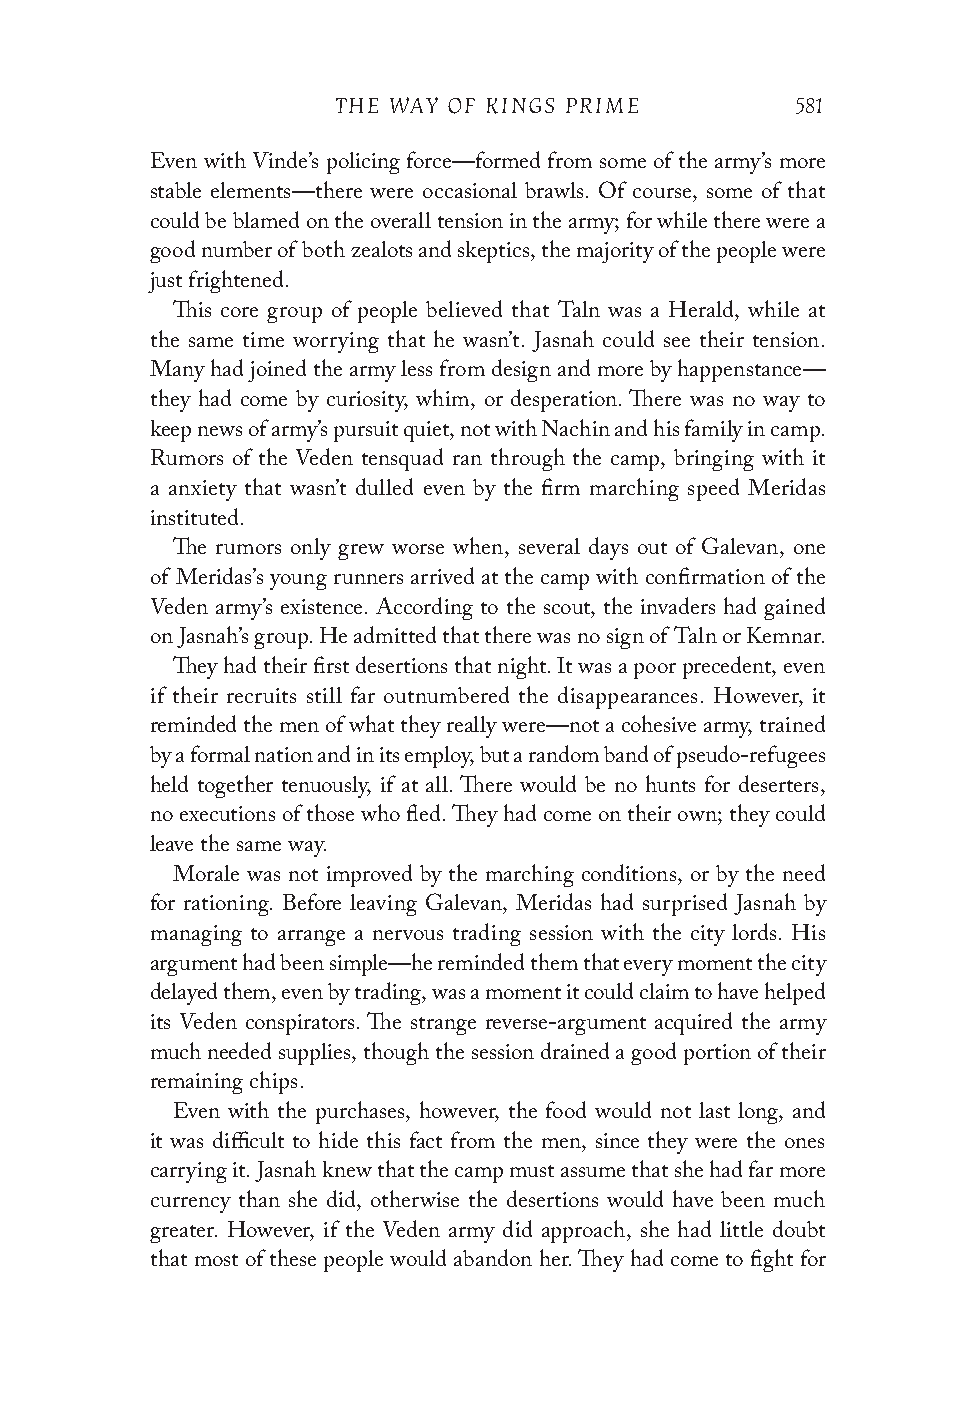
THE WAY OF KINGS PRIME         581
 Even with Vinde’s policing force—formed from some of the army’s more
 stable elements—there were occasional brawls. Of course, some of that
 could be blamed on the overall tension in the army; for while there were a
 good number of both zealots and skeptics, the majority of the people were
 just frightened.
 This core group of people believed that Taln was a Herald, while at
 the same time worrying that he wasn’t. Jasnah could see their tension.
 Many had joined the army less from design and more by happenstance—
 they had come by curiosity, whim, or desperation. There was no way to
 keep news of army’s pursuit quiet, not with Nachin and his family in camp.
 Rumors of the Veden tensquad ran through the camp, bringing with it
 a anxiety that wasn’t dulled even by the firm marching speed Meridas
 instituted.
 The rumors only grew worse when, several days out of Galevan, one
 of Meridas’s young runners arrived at the camp with confirmation of the
 Veden army’s existence. According to the scout, the invaders had gained
 on Jasnah’s group. He admitted that there was no sign of Taln or Kemnar.
 They had their first desertions that night. It was a poor precedent, even
 if their recruits still far outnumbered the disappearances. However, it
 reminded the men of what they really were—not a cohesive army, trained
 by a formal nation and in its employ, but a random band of pseudo-refugees
 held together tenuously, if at all. There would be no hunts for deserters,
 no executions of those who fled. They had come on their own; they could
 leave the same way.
 Morale was not improved by the marching conditions, or by the need
 for rationing. Before leaving Galevan, Meridas had surprised Jasnah by
 managing to arrange a nervous trading session with the city lords. His
 argument had been simple—he reminded them that every moment the city
 delayed them, even by trading, was a moment it could claim to have helped
 its Veden conspirators. The strange reverse-argument acquired the army
 much needed supplies, though the session drained a good portion of their
 remaining chips.
 Even with the purchases, however, the food would not last long, and
 it was difficult to hide this fact from the men, since they were the ones
 carrying it. Jasnah knew that the camp must assume that she had far more
 currency than she did, otherwise the desertions would have been much
 greater. However, if the Veden army did approach, she had little doubt
 that most of these people would abandon her. They had come to fight for